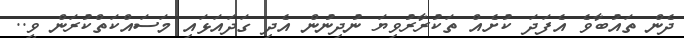
ދެން ތައުބާވެ އެފަދަ ކުށެއް ތަކުރާރުވިޔަ ނުދިނުން އެދި ގަދައަޅައި މަސައްކަތްކުރަން ވީ..